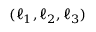
( \ell _ { 1 } , \ell _ { 2 } , \ell _ { 3 } )